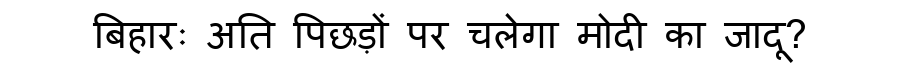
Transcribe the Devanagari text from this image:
बिहारः अति पिछड़ों पर चलेगा मोदी का जादू?